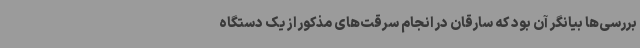
بررسی‌ها بیانگر آن بود که سارقان در انجام سرقت‌های مذکور از یک دستگاه